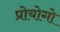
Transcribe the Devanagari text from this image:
प्रोयोगो